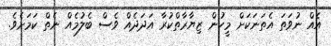
އެއް ނުވަތަ އެތަނަކަށް މީހުން ޒިޔާރާތްކުރާ އަދަދެއް ވެސް ބެލުމެއް ނެތް ކަމަށެވެ.